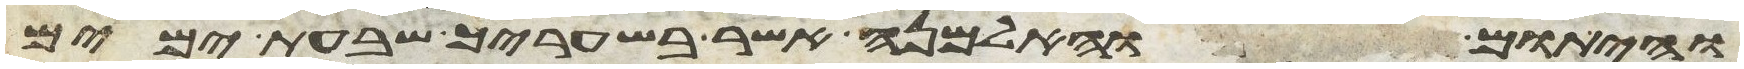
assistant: והיתום והאלמנה אשר בשעריך שבעת ימים